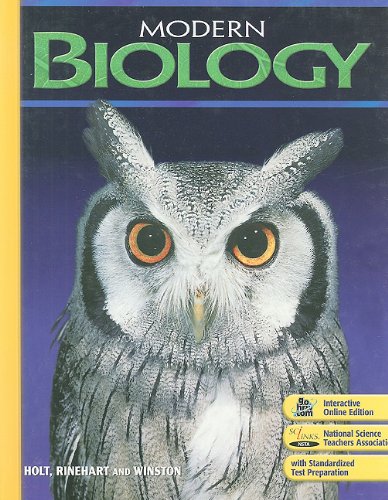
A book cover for Modern Biology: Student Edition 2009; RINEHART AND WINSTON HOLT; Children's Books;